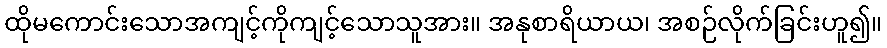
ထိုမကောင်းသောအကျင့်ကိုကျင့်သောသူအား။ အနုစာရိယာယ၊ အစဉ်လိုက်ခြင်းဟူ၍။